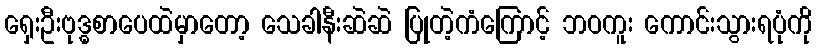
ရှေးဦးဗုဒ္ဓစာပေထဲမှာတော့ သေခါနီးဆဲဆဲ ပြုတဲ့ကံကြောင့် ဘဝကူး ကောင်းသွားရပုံကို